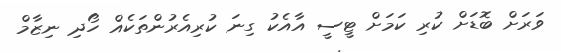
ވަރަށް ބޮޑަށް ކުރި ކަމަށް ޓީސީ އާއެކު ގިނަ ކުރިއެރުންތަކެއް ހޯދި ނިޒާމް